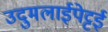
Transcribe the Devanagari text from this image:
उदुमलाईपेट्टई